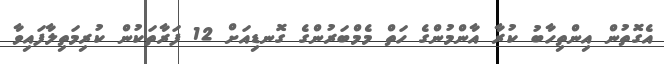
އެގޮތުން އިންތިހާބު ކުރާ އާންމުންގެ ހަތް މެމްބަރުންގެ ގޮނޑިއަށް 12 ފަރާތަކުން ކުރިމަތިލާފައިވާ